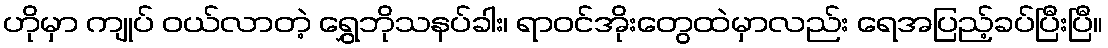
ဟိုမှာ ကျုပ် ဝယ်လာတဲ့ ရွှေဘိုသနပ်ခါး၊ ရာဝင်အိုးတွေထဲမှာလည်း ရေအပြည့်ခပ်ပြီးပြီ။